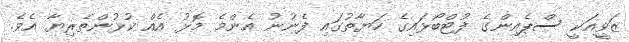
ޒަވީއަކީ ސްޕެއިންގެ ފުޓްބޯޅައިގެ ހަޔާތުގައި ފެނުނު އެންމެ މޮޅު އެއް ކުޅުންތެރިޔާ އެވެ.